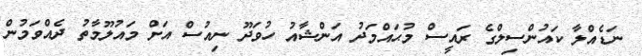
ނަޑެއްލާ ކައުންސިލްގެ ރައީސް މުޙައްމަދު އަންޝާއު ހުވަދޫ ނިއުސް އަށް މައުލޫމާތު ދެއްވަމުން